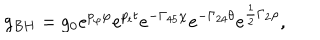
\displaystyle { g _ { B H } = g _ { 0 } e ^ { p _ { \varphi } \varphi } e ^ { p _ { t } t } e ^ { - \Gamma _ { 4 5 } \chi } e ^ { - \Gamma _ { 2 4 } \theta } e ^ { \frac { 1 } { 2 } \Gamma _ { 2 } \rho } } ,